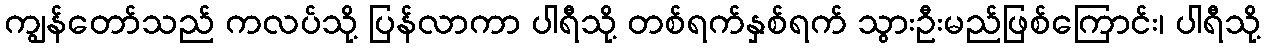
ကျွန်တော်သည် ကလပ်သို့ ပြန်လာကာ ပါရီသို့ တစ်ရက်နှစ်ရက် သွားဦးမည်ဖြစ်ကြောင်း၊ ပါရီသို့